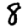
Digit: 8